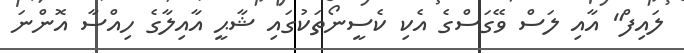
ލައިފް" އާއި ލަސް ވޭގަސްގެ އެކި ކެސީނޯތަކުގައި ޝާޙީ އާއިލާގެ ހިއްސާ އޮންނަ